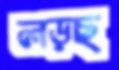
লড়ছ